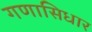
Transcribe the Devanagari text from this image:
गणासिधार